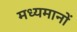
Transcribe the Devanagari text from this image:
मध्यमानों